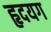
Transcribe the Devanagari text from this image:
हृदयग